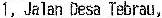
1, JALAN DESA TEBRAU,